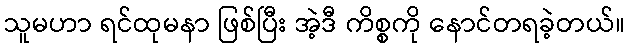
သူမဟာ ရင်ထုမနာ ဖြစ်ပြီး အဲ့ဒီ ကိစ္စကို နောင်တရခဲ့တယ်။